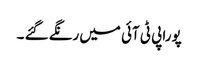
پورا پی ٹی آئی میں رنگے گئے ۔